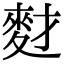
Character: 䴭